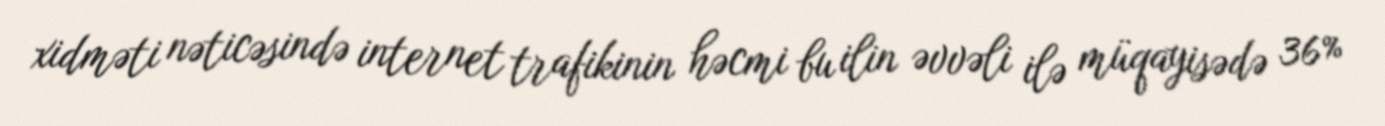
xidməti nəticəsində internet trafikinin həcmi bu ilin əvvəli ilə müqayisədə 36%